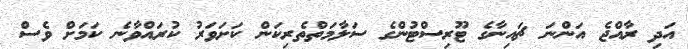
އަދި ރާއްޖެ އަންނަ ޗައިނާގެ ޓޫރިސްޓުންގެ ސަލާމަތްތެރިކަން ކަށަވަރު ކުރައްވާނެ ކަމަށް ވެސް